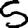
Digit: 5